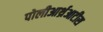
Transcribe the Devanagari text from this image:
पोलीआर्थ्रआटीस